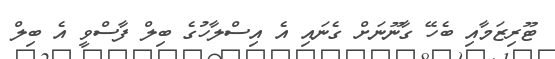
ޓޫރިޒަމާއި ބެހޭ ގާނޫނަށް ގެނައި އެ އިސްލާހުގެ ބިލް ފާސްވީ އެ ބިލް